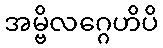
အမ္ဗိလဂ္ဂေဟိပိ